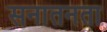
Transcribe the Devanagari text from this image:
सनातनता